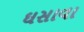
ઘસાવા